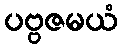
ပဗ္ဗဇမယံ